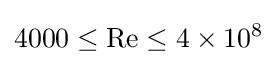
4000\leq \mathrm {Re} \leq 4\times 10^{8}